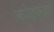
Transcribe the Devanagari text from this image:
कोढ़ान्‍डा